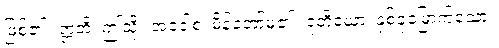
ဖြစ်၏။ ဣတိ၊ ဤသို့။ အဝေါစ၊ မိန့်တော်မူ၏။ ဒုတိယော၊ နှစ်ခုမြောက်သော။